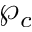
\wp _ { c }